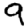
Digit: 9